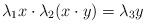
LaTeX: \begin{align*} \lambda_1 x \cdot \lambda_2(x \cdot y)= \lambda_3 y\end{align*}